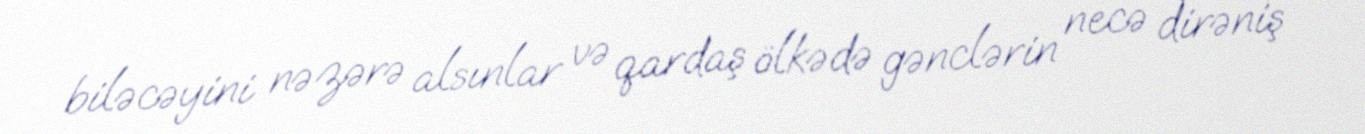
biləcəyini nəzərə alsınlar və qardaş ölkədə gənclərin necə dirəniş